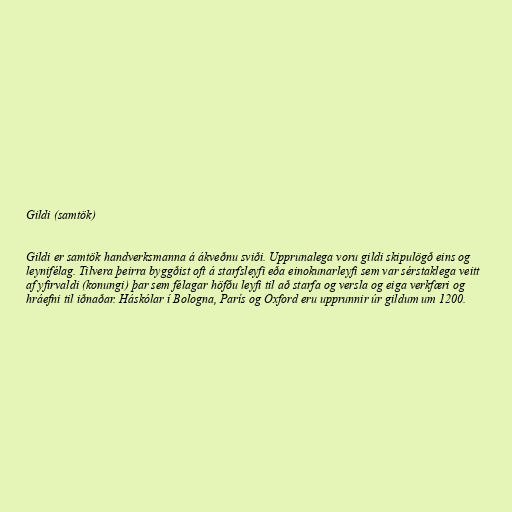
Gildi (samtök)

Gildi er samtök handverksmanna á ákveðnu sviði. Upprunalega voru gildi skipulögð eins og
leynifélag. Tilvera þeirra byggðist oft á starfsleyfi eða einokunarleyfi sem var sérstaklega veitt
af yfirvaldi (konungi) þar sem félagar höfðu leyfi til að starfa og versla og eiga verkfæri og
hráefni til iðnaðar. Háskólar í Bologna, París og Oxford eru upprunnir úr gildum um 1200.